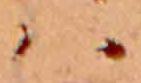
ハ